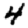
Digit: 4